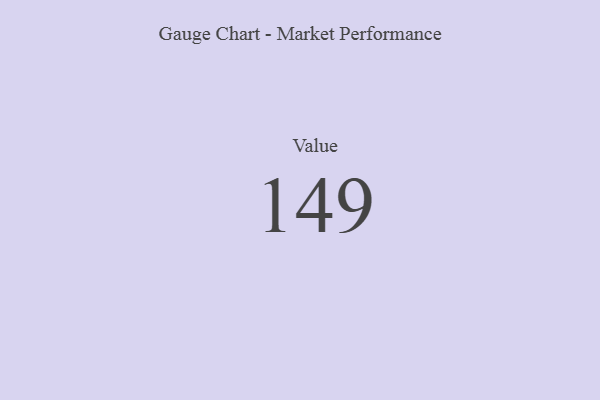
{"axis": {"x": "Metric", "y": "Value"}, "legend": [""], "data": [{"x": "Value", "y": 149, "type": ""}]}